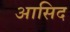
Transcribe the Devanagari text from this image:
आसिद